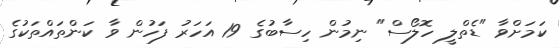
ކަމަށްވާ "ޑެތްލީ ހޮލޯސް" ނިމުން ހިސާބުގެ 19 އަހަރު ފަހުން ވާ ކަންތައްތަކުގެ